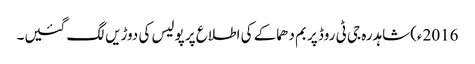
2016ء)شاہدرہ جی ٹی روڈ پر بم دھماکے کی اطلاع پر پولیس کی دوڑیں لگ گئیں۔